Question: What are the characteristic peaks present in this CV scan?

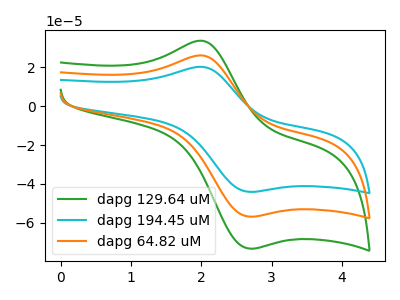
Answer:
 <answer>The green curve "dapg 129.64 uM" has an anodic peak at (2.00V, 33.80uA) and a cathodic peak at (2.70V, -73.35uA). The cyan curve "dapg 194.45 uM" has an anodic peak at (2.00V, 52.45uA) and a cathodic peak at (2.70V, -113.80uA). The orange curve "dapg 64.82 uM" has an anodic peak at (2.00V, 26.20uA) and a cathodic peak at (2.70V, -56.90uA).</answer>
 <eval></eval>